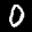
Label: 0